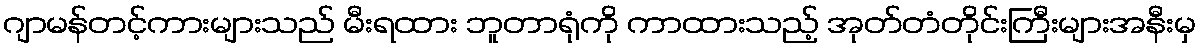
ဂျာမန်တင့်ကားများသည် မီးရထား ဘူတာရုံကို ကာထားသည့် အုတ်တံတိုင်းကြီးများအနီးမှ